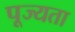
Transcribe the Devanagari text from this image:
पूज्यता